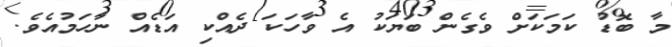
މާ ބޮޑު ކަމަކަށް ވެގެން ބަޔަކު އެ ވާހަކަ ދެއްކި އަޑެއް ނާހަމުއެވެ.